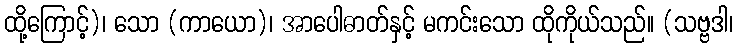
ထို့ကြောင့်)၊ သော (ကာယော)၊ အာပေါဓာတ်နှင့် မကင်းသော ထိုကိုယ်သည်။ (သဗ္ဗဒါ၊